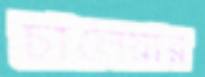
চালেয়ার